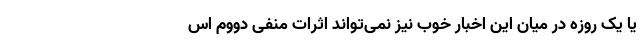
یا یک روزه در میان این اخبار خوب نیز نمی‌تواند اثرات منفی دووم اس